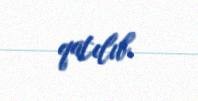
qatılıb.